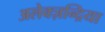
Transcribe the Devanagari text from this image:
अलेक्ज़न्द्रिया